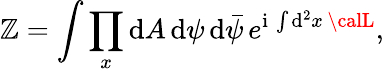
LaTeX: \mathbb{Z}=\int\prod_{x}\mathrm{{d}}A\, \mathrm{{d}}\psi\, \mathrm{{d}}{\bar{{\psi}}}\, e^{\mathrm{{i}}\, \int\mathrm{{d}}^{2}x\, {\calL}},